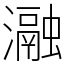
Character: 瀜